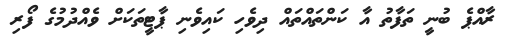
ރާއްޕެ ބުނީ ތަފާތު އާ ކަންތައްތައް ދިވެހި ކައިވެނި ޕާޓީތަކަށް ވެއްދުމުގެ ފޯރި